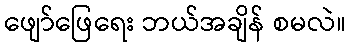
ဖျော်ဖြေရေး ဘယ်အချိန် စမလဲ။